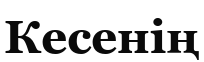
Кесенің